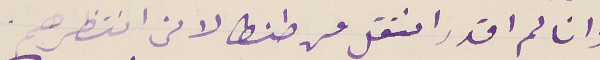
وانا لم اقدر انتقل من طنطا لانى انتظرهم.